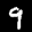
Label: 9